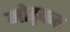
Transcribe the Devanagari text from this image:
मोड़़कर